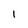
Character: 1